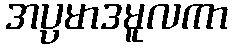
အပ္ပမာဒမူလကာ